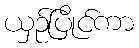
ယှဉ်ပြိုင်ကာ